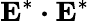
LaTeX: \boldsymbol{\mathrm{E}}^{*}\boldsymbol{\cdot}\boldsymbol{\mathrm{E}}^{*}